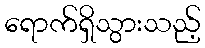
ရောက်ရှိသွားသည့်